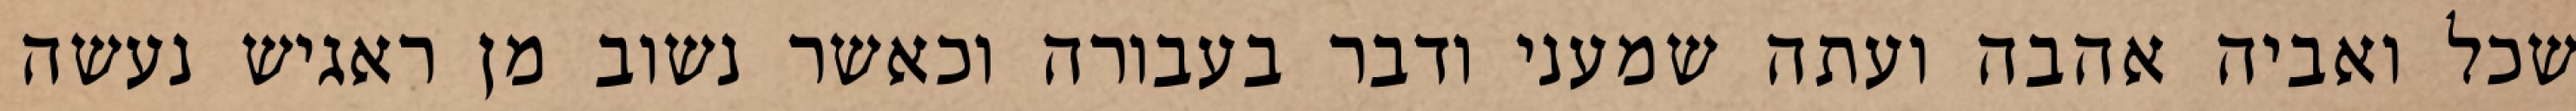
שכל ואביה אהבה ועתה שמעני ודבר בעבורה וכאשר נשוב מן ראגיש נעשה